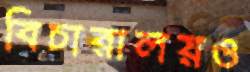
বিচারালয়ও